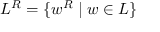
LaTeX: L ^ { R } = \{ w ^ { R } \mid w \in L \}